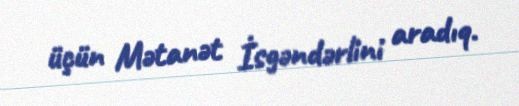
üçün Mətanət İsgəndərlini aradıq.